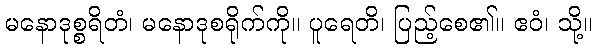
မနောဒုစ္စရိတံ၊ မနောဒုစရိုက်ကို။ ပူရေတိ၊ ပြည့်စေ၏။ ဧဝံ၊ သို့။